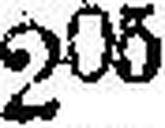
205